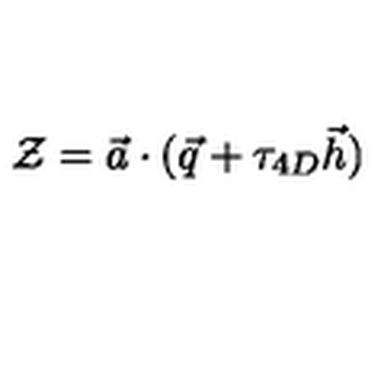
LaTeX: { \cal Z } = \vec { a } \cdot ( \vec { q } + \tau _ { 4 D } \vec { h } )